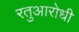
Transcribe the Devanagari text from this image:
रतुआरोधी